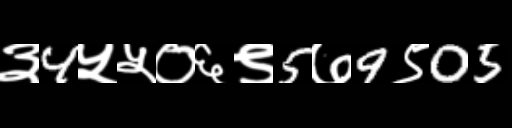
Text: ३4५५०६९5७9९05